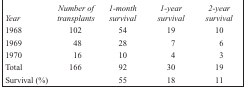
| Year | Number of transplants | 1-month survival | 1-year survival | 2-year survival |
 | --- | --- | --- | --- | --- |
 | 1968 | 102 | 54 | 19 | 10 |
 | 1969 | 48 | 28 | 7 | 6 |
 | 1970 | 16 | 10 | 4 | 3 |
 | Total | 166 | 92 | 30 | 19 |
 | Survival (%) |  | 55 | 18 | 11 |